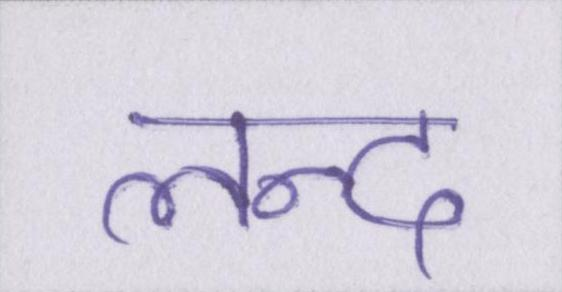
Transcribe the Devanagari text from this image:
लन्द